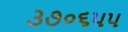
૩૭૦૬૫૫